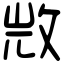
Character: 𣁋